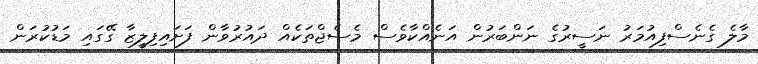
މާލެ ގެނެސްފިއުމަރު ނަސީރުގެ ނަންބަރުން އަނެއްކާވެސް މެސެޖްތަކެއް ދައުރުވާން ފަށައިފިލީޒާ ގޭގައި މަޑުކުރަން